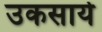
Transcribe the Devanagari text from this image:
उकसाये